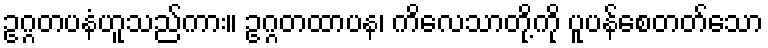
ဥဂ္ဂတပနံဟူသည်ကား။ ဥဂ္ဂတထာပန၊ ကိလေသာတို့ကို ပူပန်စေတတ်သော